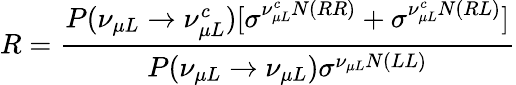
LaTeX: R=\frac{P(\nu_{\mu L}\rightarrow\nu_{\mu L}^{c})[\sigma^{\nu_{\mu L}^{c}N(RR)}+\sigma^{\nu_{\mu L}^{c}N(RL)}]}{P(\nu_{\mu L}\rightarrow\nu_{\mu L})\sigma^{\nu_{\mu L}N(LL)}}